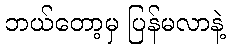
ဘယ်တော့မှ ပြန်မလာနဲ့